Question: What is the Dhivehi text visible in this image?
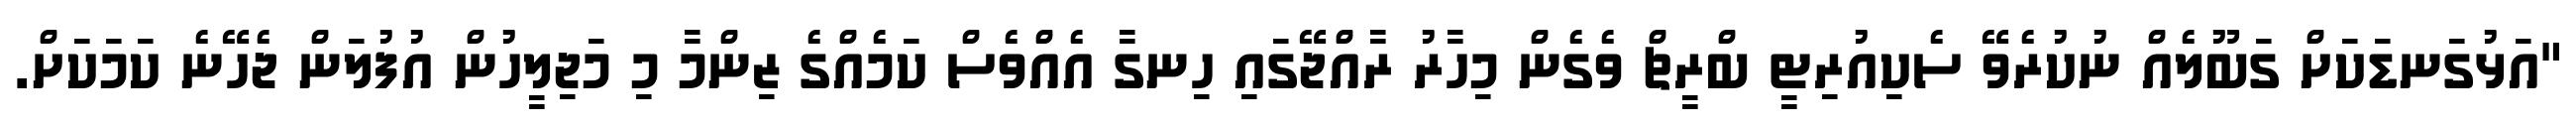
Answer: "އަޅުގަނޑަކަށް ގަބޫލެއް ނުކުރެވޭ ސެކިއުރިޓީ ބްރީޗް ވެގެން މިހާރު ރާއްޖޭގައި ހިނގާ އެއްވެސް ކަމެއްގެ ޒިންމާ މި މަޖިލީހުން އުފުލަން ޖެހޭނެ ކަމަކަށް.